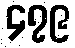
၄၇၉